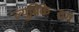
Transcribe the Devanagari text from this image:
ल्युब्रिकेटिंग